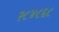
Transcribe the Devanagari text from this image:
२८४८६८